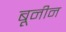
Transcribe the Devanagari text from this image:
बूनीन